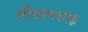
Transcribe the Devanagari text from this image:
गीलानशाह